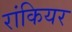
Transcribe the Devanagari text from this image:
रांकियर